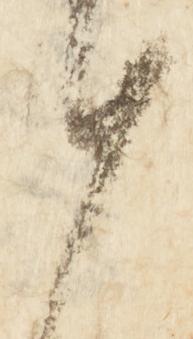
謹